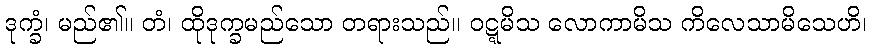
ဒုက္ခံ၊ မည်၏။ တံ၊ ထိုဒုက္ခမည်သော တရားသည်။ ဝဋ္ဋမိသ လောကာမိသ ကိလေသာမိသေဟိ၊